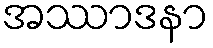
အဿာဒနာ